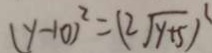
( y - 1 0 ) ^ { 2 } = ( 2 \sqrt { y + 5 } )